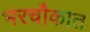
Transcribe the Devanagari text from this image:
भरचौकात